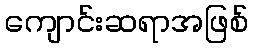
ကျောင်းဆရာအဖြစ်